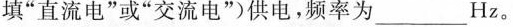
填”直流电”或”交流电”供电，频率为___Hz。